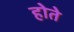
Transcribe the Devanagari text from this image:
होते